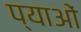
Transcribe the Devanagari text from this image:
प्याओं